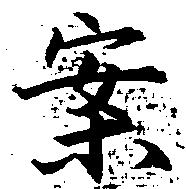
案